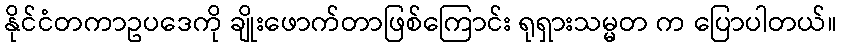
နိုင်ငံတကာဥပဒေကို ချိုးဖောက်တာဖြစ်ကြောင်း ရုရှားသမ္မတ က ပြောပါတယ်။